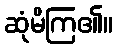
ဆုံမိကြ၏။